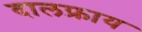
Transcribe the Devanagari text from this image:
दालफ्राय